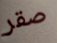
صقر